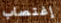
إغتصاب